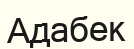
Адабек